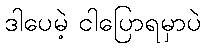
ဒါပေမဲ့ ငါပြောရမှာပဲ